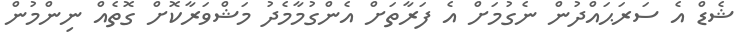
ޝެޑް އެ ސަރަޙައްދުން ނެގުމަށް އެ ފަރާތަށް އެންގުމާމެދު މަޝްވަރާކޮށް ގޮތެއް ނިންމުން